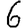
Digit: 6